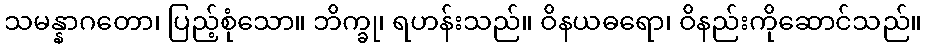
သမန္နာဂတော၊ ပြည့်စုံသော။ ဘိက္ခု၊ ရဟန်းသည်။ ဝိနယဓရော၊ ဝိနည်းကိုဆောင်သည်။